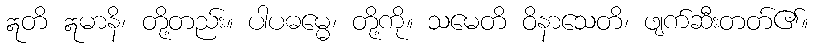
ဣတိ ဣမာနိ၊ တို့တည်း။ ပါပဓမ္မေ၊ တို့ကို။ သမေတိ ဝိနာသေတိ၊ ဖျက်ဆီးတတ်၏။